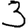
Digit: 3